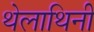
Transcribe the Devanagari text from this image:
थेलाथिनी